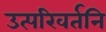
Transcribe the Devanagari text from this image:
उत्परिवर्तनि